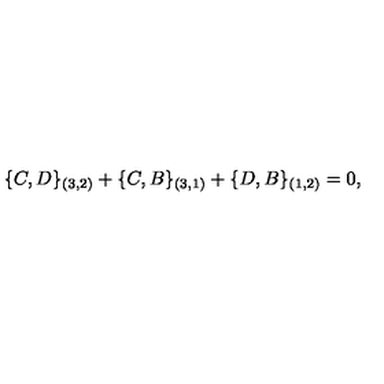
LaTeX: \{ C , D \} _ { ( 3 , 2 ) } + \{ C , B \} _ { ( 3 , 1 ) } + \{ D , B \} _ { ( 1 , 2 ) } = 0 ,